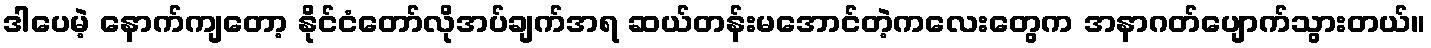
ဒါပေမဲ့ နောက်ကျတော့ နိုင်ငံတော်လိုအပ်ချက်အရ ဆယ်တန်းမအောင်တဲ့ကလေးတွေက အနာဂတ်ပျောက်သွားတယ်။